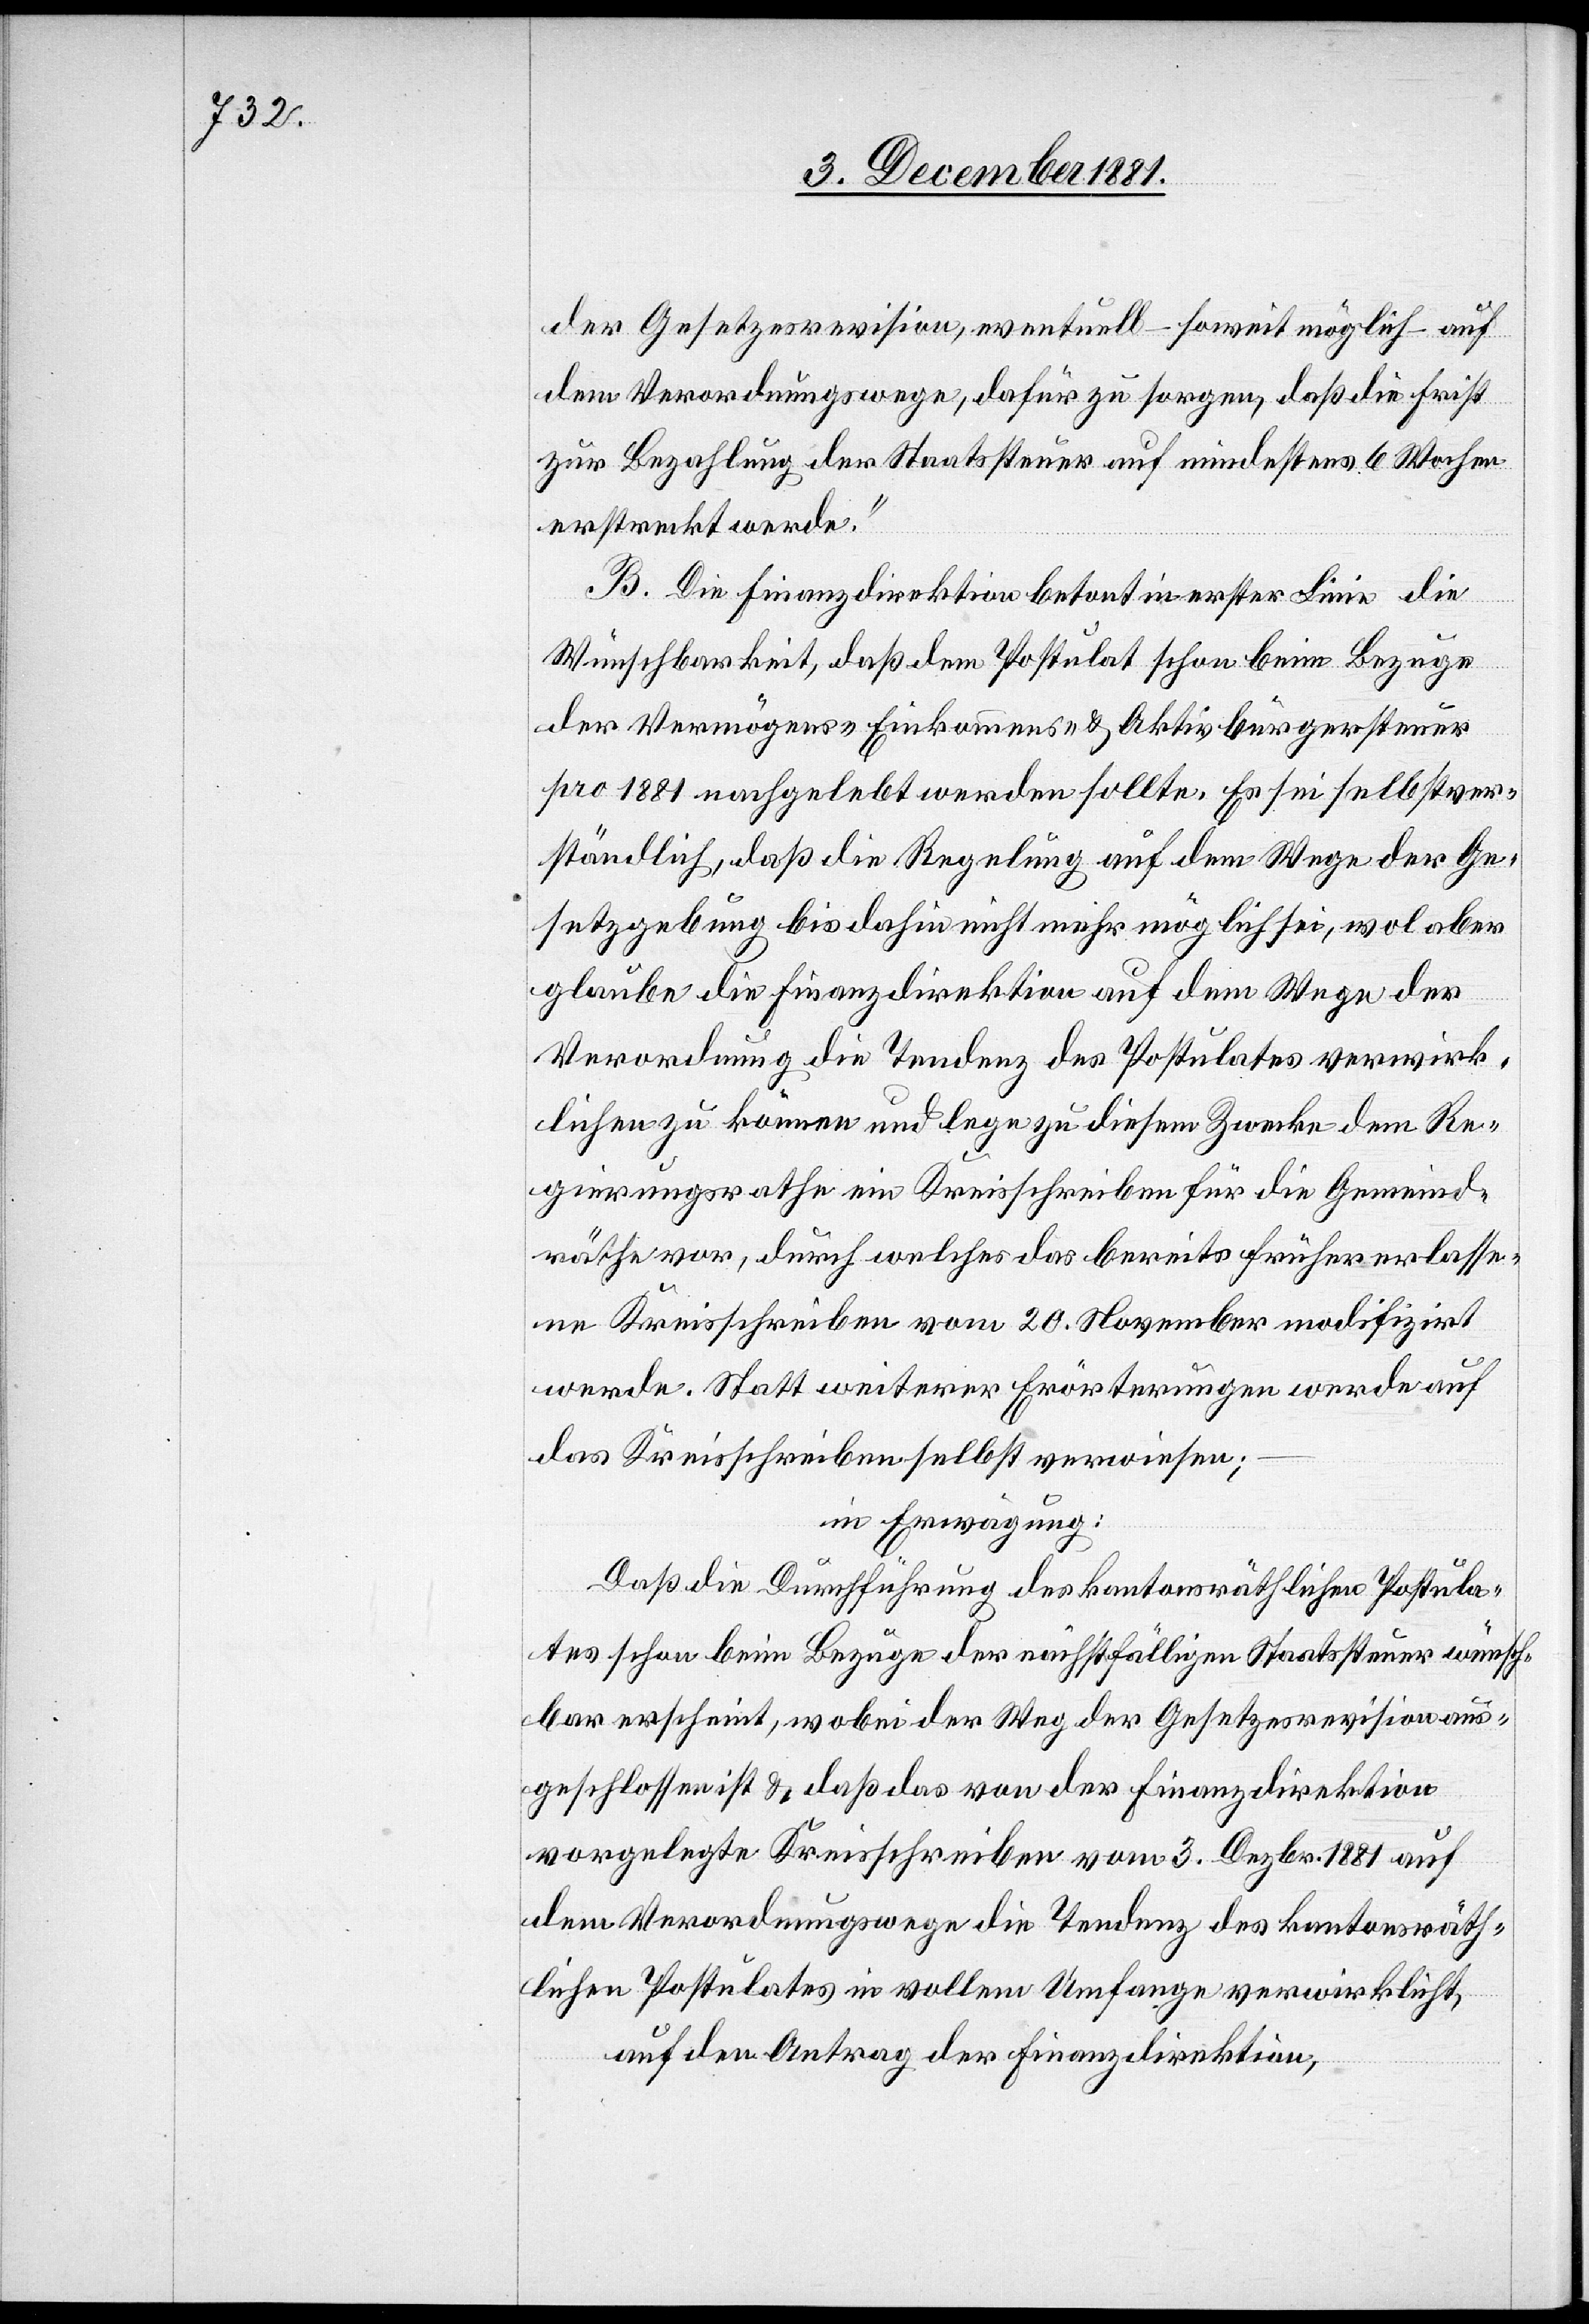
der Gesetzesrevision, eventuell – soweit möglich – auf
dem Verordnungswege, dafür zu sorgen, daß die Frist
zur Bezahlung der Staatssteuer auf mindestens 6 Wochen
erstreckt werde.“
B. Die Finanzdirektion betont in erster Linie die
Wünschbarkeit, daß dem Postulat schon beim Bezuge
der Vermögens-[,] Einkommens-[,] & Aktivbürgersteuer
pro 1881 nachgelebt werden sollte. Es sei selbstver¬
ständlich, daß die Regelung auf dem Wege der Ge¬
setzgebung bis dahin nicht mehr möglich sei, wol aber
glaube die Finanzdirektion auf dem Wege der
Verordnung die Tendenz des Postulates verwirk¬
lichen zu können und lege zu diesem Zwecke dem Re¬
gierungsrathe ein Kreisschreiben für die Gemeind¬
räthe vor, durch welches das bereits früher erlasse¬
ne Kreisschreiben vom 20. November modifizirt
werde. Statt weiterer Erörterungen werde auf
das Kreisschreiben selbst verwiesen;
In Erwägung:
Daß die Durchführung des kantonsräthlichen Postula¬
tes schon beim Bezuge der nächstfälligen Staatssteuer wünsch¬
bar erscheint, wobei der Weg der Gesetzesrevision aus¬
geschlossen ist & daß das von der Finanzdirektion
vorgelegte Kreisschreiben vom 3. Dezbr. 1881 auf
dem Verordnungswege die Tendenz verwirklicht,
auf den Antrag der Finanzdirektion,